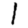
Digit: 1